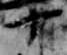
十